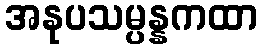
အနုပသမ္ပန္နကထာ